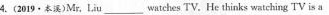
4.(2019·本溪)Mr.Liu___watches TV.He thinks watching TV is a